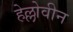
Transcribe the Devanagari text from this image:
हेल्लोवीन